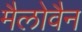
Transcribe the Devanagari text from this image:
मैलोवैन